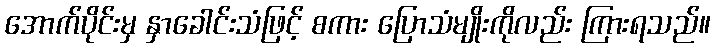
အောက်ပိုင်းမှ နှာခေါင်းသံဖြင့် စကား ပြောသံမျိုးကိုလည်း ကြားရသည်။